Annual report on the working of the lock hospitals in the Central Provinces
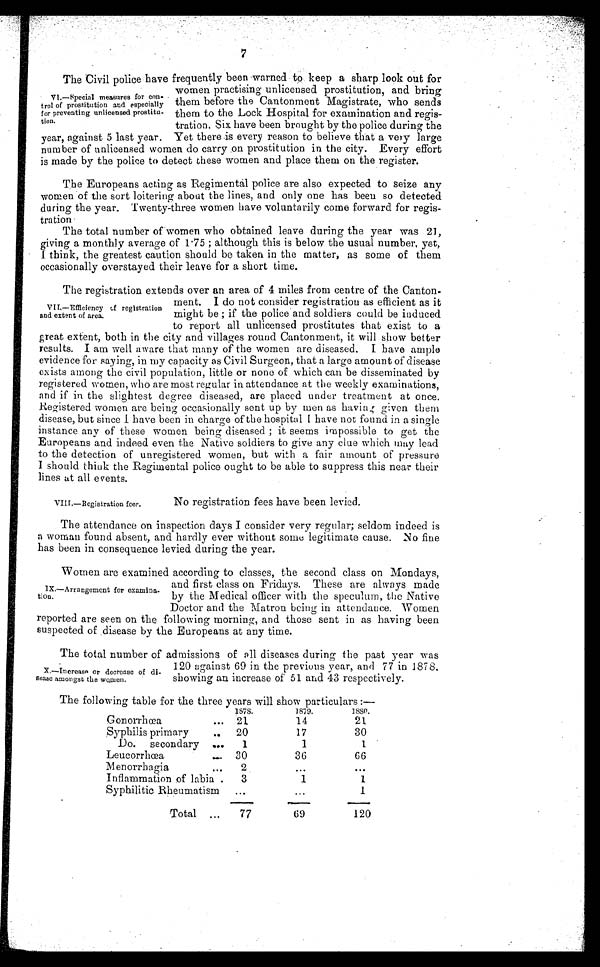
7
The Civil police have frequently been warned to keep a sharp look out for
women practising unlicensed prostitution, and bring
them before the Cantonment Magistrate, who sends
them to the Lock Hospital for examination and regis-
tration. Six have been brought by the police during the
year, against 5 last year. Yet there is every reason to believe that a very large
number of unlicensed women do carry on prostitution in the city. Every effort
is made by the Police to detect these women and place them on the register.
The Europeans acting as Regimental police are also expected to seize any
women of the sort loitering about the lines, and only one has been so detected
during the year. Twenty-three women have voluntarily come forward for regis-
tration
The total number of women who obtained leave during the year was 21,
giving a monthly average of 1.75 ; although this is below the usual number, yet,
I think, the greatest caution should be taken in the matter, as some of them
occasionally overstayed their leave for a short time.
The registration extends over an area of 4 miles from centre of the Canton-
ment. I do not consider registration as efficient as it
might be ; if the police and soldiers could be induced
to report all unlicensed prostitutes that exist to a
great extent, both in the city and villages round Cantonment, it will show better
results. I am well aware that many of the women are diseased. I have ample
evidence for saying, in my capacity as Civil Surgeon, that a large amount of disease
exists among the civil population, little or none of which can be disseminated by
registered women, who are most regular in attendance at the weekly examinations,
and if in the slightest degree diseased, are placed under treatment at once.
Registered women are being occasionally sent up by men as having given them
disease, but since I have been in charge of the hospital I have not found in a single
instance any of these women being diseased; it seems impossible to get the
Europeans and indeed even the Native soldiers to give any clue which may lead
to the detection of unregistered women, but with a fair amount of pressure
I should think the Regimental police ought to be able to suppress this near their
lines at all events.
V1.—Special measures for con-
trol of prostitution and especially
for preventing unlicensed prostitu-
tion.
VII.—Efficiency tf registration
and extent of area.
VIII.—Registration feer.
No registration fees have been levied.
The attendance on inspection days I consider very regular; seldom indeed is
a woman found absent, and hardly ever without some legitimate cause. No fine
has been in consequence levied during the year.
Women are examined according to classes, the second class on Mondays,
and first class on Fridays. These are always made
by the Medical officer with the speculum, the Native
Doctor and the Matron being in attendance. Women
reported are seen on the following morning, and those sent in as having been
suspected of disease by the Europeans at any time.
The total number of admissions of all diseases during the past year was
120 against 69 in the previous year, and 77 in 1878.
showing an increase of 51 and 43 respectively.
The following table for the three years will show particulars :—
1878.
1879.
1880.
Gonorrhea
... 21
14
21
Syphilis primary
..
20
17
30
Do.
secondary ...
1
1
1
Leucorrhœa
...
30
36
66
Menorrhagia
...
2
. . .
. . .
Inflammation of labia .
3
1
1
Syphilitic Rheumatism
...
•••
1
Total ,.,
77
69
120
IX.—Arrangement for examina-
tion.
X.—Inereass or decrease of di-
sease amongst the women.